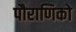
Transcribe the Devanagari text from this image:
पौराणिको